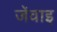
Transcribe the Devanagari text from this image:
जेंवाइ